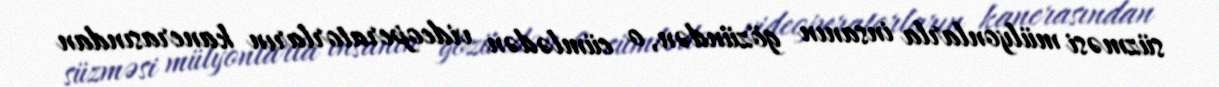
süzməsi mülyonlarla insanın gözündən, o cümlədən videoperatorların kanerasından